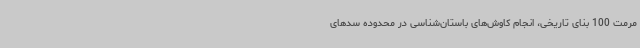
مرمت 100 بنای تاریخی، انجام کاوش‌های باستان‌شناسی در محدوده سدهای